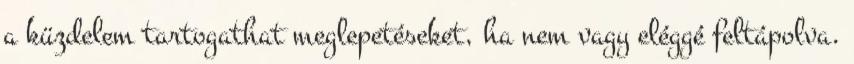
a küzdelem tartogathat meglepetéseket, ha nem vagy eléggé feltápolva.